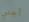
أجني